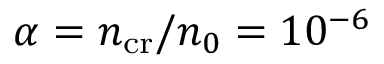
\alpha = n _ { \mathrm { c r } } / n _ { 0 } = 1 0 ^ { - 6 }